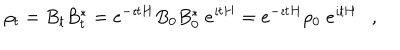
LaTeX: \rho _ { t } = B _ { t } B _ { t } ^ { * } = e ^ { - \imath t H } B _ { 0 } B _ { 0 } ^ { * } \; e ^ { \imath t H } = e ^ { - \imath t H } \rho _ { 0 } \; e ^ { \imath t H } ,